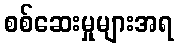
စစ်ဆေးမှုများအရ